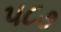
૫૮૭